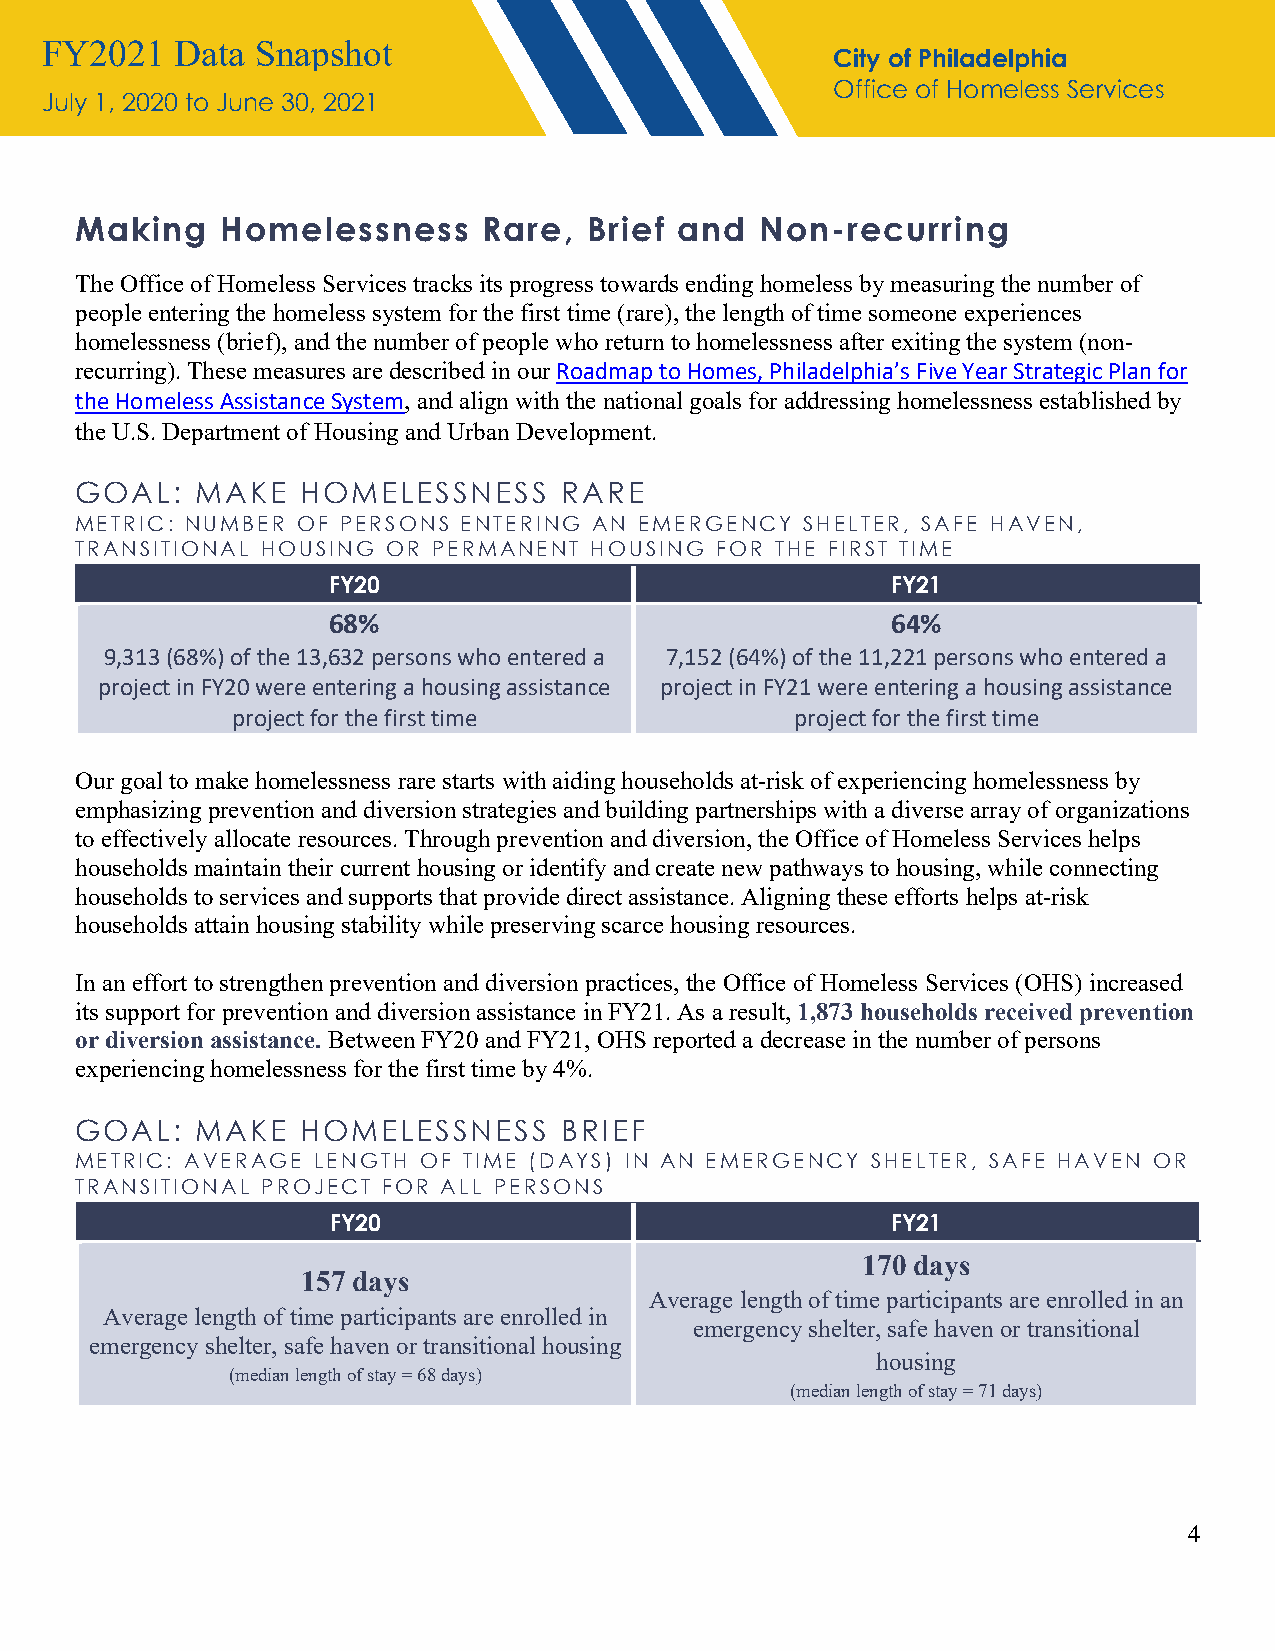
FY2021   Data Snapshot
 City of Philadelphia
 Office of Homeless Services
 July 1, 2020 to June 30, 2021
 Making    Homelessness     Rare,  Brief and  Non-recurring
 The Office of Homeless Services tracks its progress towards ending homeless by measuring the number of
 people entering the homeless system for the first time (rare), the length of time someone experiences
 homelessness (brief), and the number of people who return to homelessness after exiting the system (non-
 recurring). These measures are described in our Roadmap to Homes, Philadelphia’s Five Year Strategic Plan for
 the Homeless Assistance System, and align with the national goals for addressing homelessness established by
 the U.S. Department of Housing and Urban Development.
 GOAL:   MAKE   HOMELESSNESS     RARE
 METRIC: NUMBER OF PERSONS ENTERING AN EMERGENCY SHELTER, SAFE HAVEN,
 TRANSITIONAL HOUSING OR PERMANENT HOUSING FOR THE FIRST TIME
 FY20                                 FY21
 68%                                  64%
 9,313 (68%) of the 13,632 persons who entered a 7,152 (64%) of the 11,221 persons who entered a
 project in FY20 were entering a housing assistance project in FY21 were entering a housing assistance
 project for the first time            project for the first time
 Our goal to make homelessness rare starts with aiding households at-risk of experiencing homelessness by
 emphasizing prevention and diversion strategies and building partnerships with a diverse array of organizations
 to effectively allocate resources. Through prevention and diversion, the Office of Homeless Services helps
 households maintain their current housing or identify and create new pathways to housing, while connecting
 households to services and supports that provide direct assistance. Aligning these efforts helps at-risk
 households attain housing stability while preserving scarce housing resources.
 In an effort to strengthen prevention and diversion practices, the Office of Homeless Services (OHS) increased
 its support for prevention and diversion assistance in FY21. As a result, 1,873 households received prevention
 or diversion assistance. Between FY20 and FY21, OHS reported a decrease in the number of persons
 experiencing homelessness for the first time by 4%.
 GOAL:   MAKE   HOMELESSNESS     BRIEF
 METRIC: AVERAGE LENGTH OF TIME (DAYS) IN AN EMERGENCY SHELTER, SAFE HAVEN OR
 TRANSITIONAL PROJECT FOR ALL PERSONS
 FY20                                 FY21
 170 days
 157 days
 Average length of time participants are enrolled in an
 Average length of time participants are enrolled in
 emergency shelter, safe haven or transitional
 emergency shelter, safe haven or transitional housing
 housing
 (median length of stay = 68 days)
 (median length of stay = 71 days)
 4